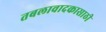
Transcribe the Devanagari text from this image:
तबलावादकासाठी